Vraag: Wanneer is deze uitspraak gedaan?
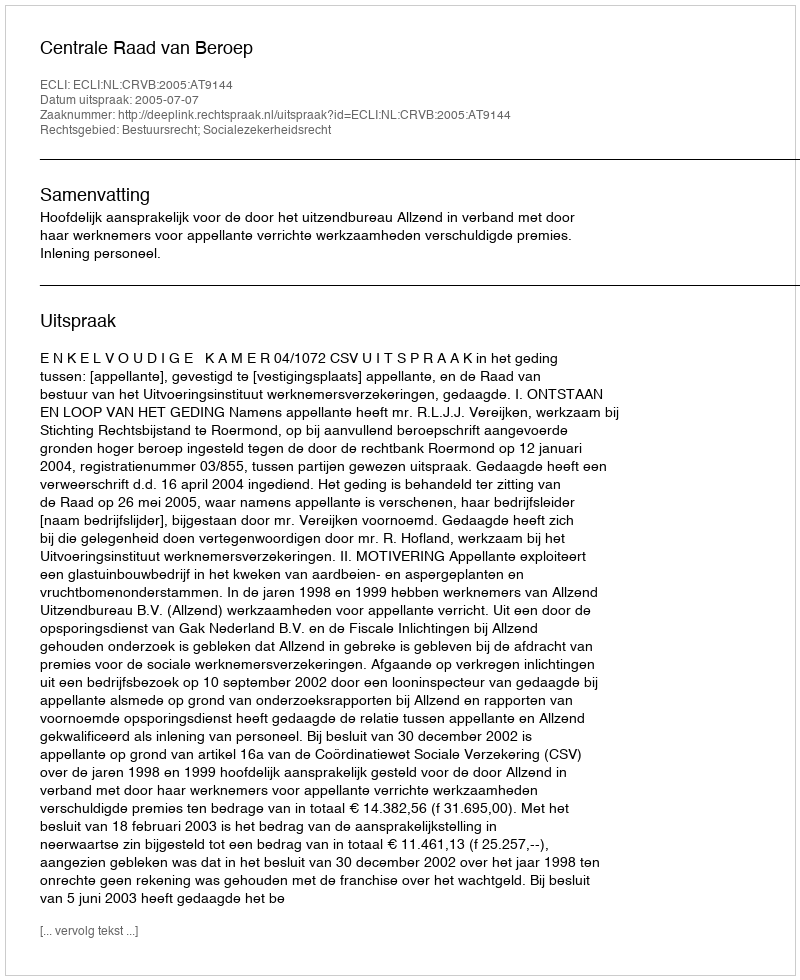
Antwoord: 2005-07-07